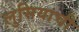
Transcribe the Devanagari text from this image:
लुसियाची